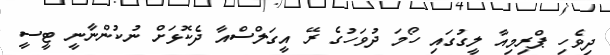
ދިވެހި ޕްރިމިއާ ލީގުގައި ހޯމަ ދުވަހުގެ ރޭ އީގަލްސްއާ ދެކޮޅަށް ނުކުންނާނީ ޓީސީ